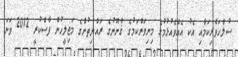
ސުލްހަވެރިކަމާއި އެކު އެއްވެއުޅުމުގެ މިނިވަންކަމުގެ ޤާނޫނުގެ ރައްޔިތުންގެ މަޖިލީހުން ފާސްކުރީ 2012 ވަނަ